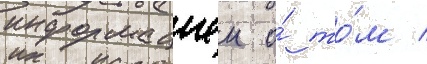
информациеи о́ то́м /